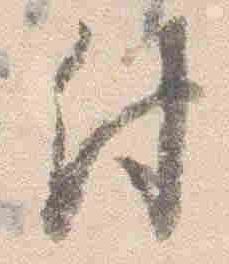
付